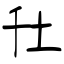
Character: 圱